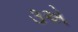
૩એ